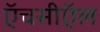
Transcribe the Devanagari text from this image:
ऍचसीऍल